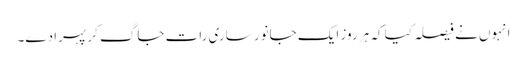
انہوں نے فیصلہ کیا کہ ہر روز ایک جانور ساری رات جاگ کر پہرا دے۔